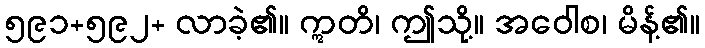
၅၉၁+၅၉၂+ လာခဲ့၏။ ဣတိ၊ ဤသို့။ အဝေါစ၊ မိန့်၏။